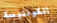
الكونتيسة